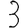
Digit: 3